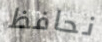
نحافظ